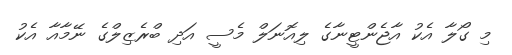
މި ގޯލާ އެކު އާޖެންޓީނާގެ ލިއޮނަލް މެސީ އަދި ބްރެޒިލްގެ ނޭމާއާ އެކު